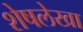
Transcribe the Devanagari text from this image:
शेषलेखा